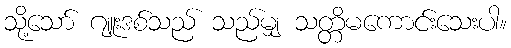
သို့သော် ဂျူးဒစ်သည် သည်မျှ သတ္တိမကောင်းသေးပါ။